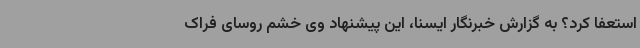
استعفا کرد؟ به گزارش خبرنگار ایسنا، این پیشنهاد وی خشم روسای فراک